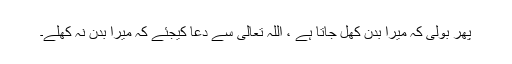
پھر بولی کہ میرا بدن کھل جاتا ہے ، اللہ تعالیٰ سے دعا کیجئے کہ میرا بدن نہ کھلے۔